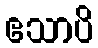
ဧသာပိ